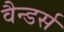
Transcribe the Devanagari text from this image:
वैन्डर्स